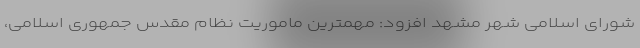
شورای اسلامی شهر مشهد افزود: مهمترین ماموریت نظام مقدس جمهوری اسلامی،